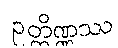
ဥတ္တိဏ္ဏဿ